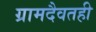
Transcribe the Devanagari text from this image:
ग्रामदैवतही